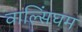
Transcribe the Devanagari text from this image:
वाल्सिंघम